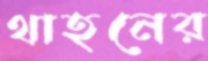
থাহনের